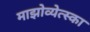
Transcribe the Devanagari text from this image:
माझोव्येत्स्का